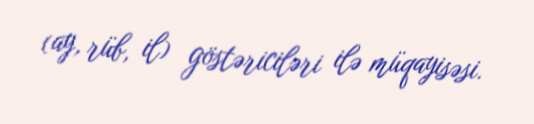
(ay, rüb, il) göstəriciləri ilə müqayisəsi.